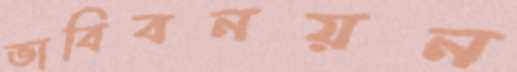
ভাবিবনয়ন